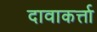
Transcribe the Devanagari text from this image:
दावाकर्त्ता